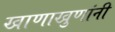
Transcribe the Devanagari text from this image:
खाणाखुणांनी